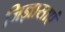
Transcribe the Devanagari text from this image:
जिज्ञासाएं